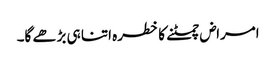
امراض چمٹنے کا خطرہ اتنا ہی بڑھے گا۔